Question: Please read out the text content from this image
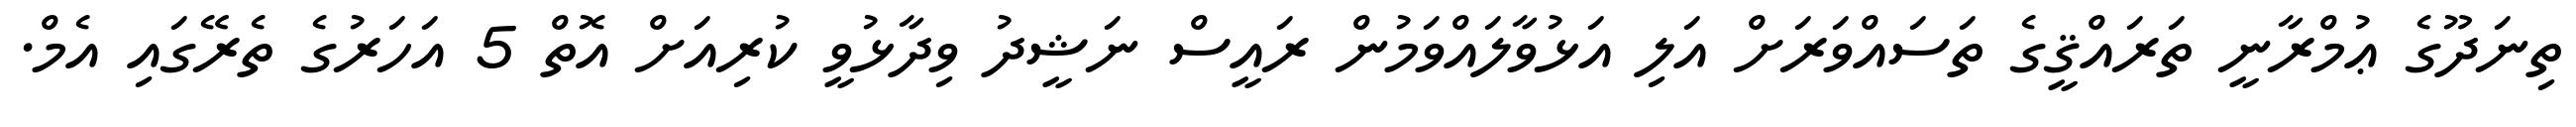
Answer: ތިނަދޫގެ ޢުމްރާނީ ތަރައްޤީގެ ތަސައްވަރަށް އަލި އަޅުވާލައްވަމުން ރައީސް ނަޝީދު ވިދާޅުވީ ކުރިއަށް އޮތް 5 އަހަރުގެ ތެރޭގައި އެމް.